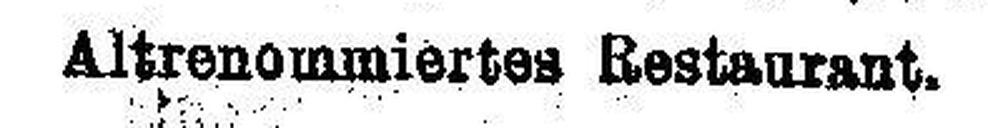
Altrenommiertes Restaurant.